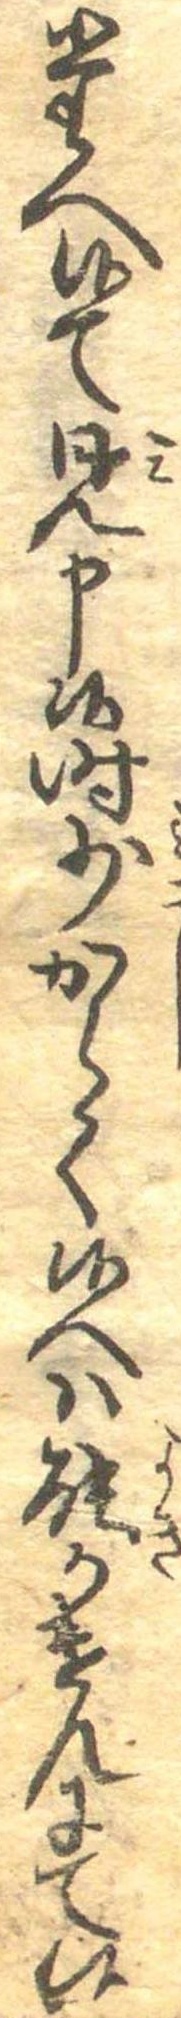
たへ候て見申候時少からく候へは能かけんにて候